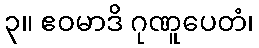
၃။ ဧဝမာဒိ ဂုဏူပေတံ၊